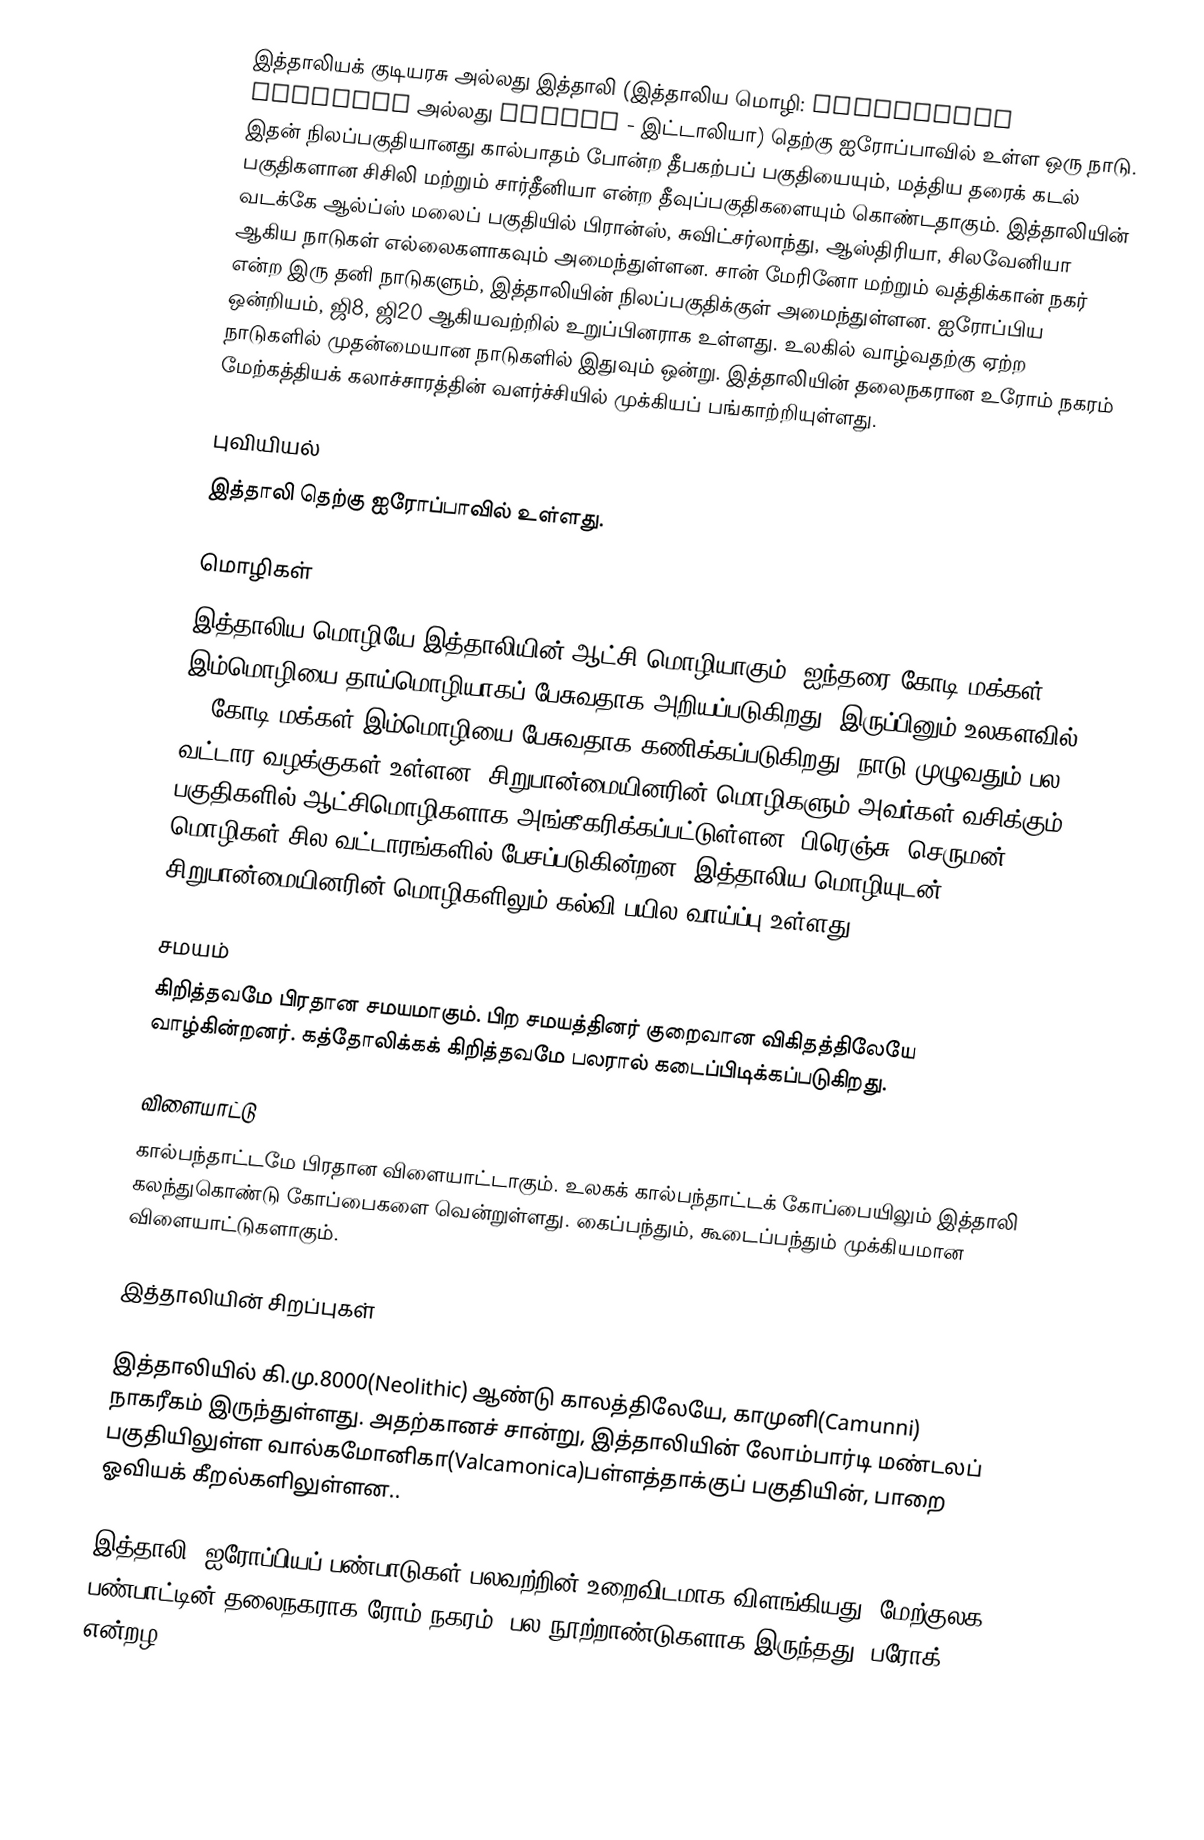
இத்தாலியக் குடியரசு அல்லது இத்தாலி (இத்தாலிய மொழி: Repubblica Italiana அல்லது Italia - இட்டாலியா) தெற்கு ஐரோப்பாவில் உள்ள ஒரு நாடு. இதன் நிலப்பகுதியானது கால்பாதம் போன்ற தீபகற்பப் பகுதியையும், மத்திய தரைக் கடல் பகுதிகளான சிசிலி மற்றும் சார்தீனியா என்ற தீவுப்பகுதிகளையும் கொண்டதாகும். இத்தாலியின் வடக்கே ஆல்ப்ஸ் மலைப் பகுதியில் பிரான்ஸ், சுவிட்சர்லாந்து, ஆஸ்திரியா, சிலவேனியா ஆகிய நாடுகள் எல்லைகளாகவும் அமைந்துள்ளன. சான் மேரினோ மற்றும் வத்திக்கான் நகர் என்ற இரு தனி நாடுகளும், இத்தாலியின் நிலப்பகுதிக்குள் அமைந்துள்ளன. ஐரோப்பிய ஒன்றியம், ஜி8, ஜி20 ஆகியவற்றில் உறுப்பினராக உள்ளது. உலகில் வாழ்வதற்கு ஏற்ற நாடுகளில் முதன்மையான நாடுகளில் இதுவும் ஒன்று. இத்தாலியின் தலைநகரான உரோம் நகரம் மேற்கத்தியக் கலாச்சாரத்தின் வளர்ச்சியில் முக்கியப் பங்காற்றியுள்ளது.

புவியியல்
இத்தாலி தெற்கு ஐரோப்பாவில் உள்ளது.

மொழிகள்
இத்தாலிய மொழியே இத்தாலியின் ஆட்சி மொழியாகும். ஐந்தரை கோடி மக்கள் இம்மொழியை தாய்மொழியாகப் பேசுவதாக அறியப்படுகிறது. இருப்பினும் உலகளவில் 15 கோடி மக்கள் இம்மொழியை பேசுவதாக கணிக்கப்படுகிறது. நாடு முழுவதும் பல வட்டார வழக்குகள் உள்ளன. சிறுபான்மையினரின் மொழிகளும் அவர்கள் வசிக்கும் பகுதிகளில் ஆட்சிமொழிகளாக அங்கீகரிக்கப்பட்டுள்ளன. பிரெஞ்சு, செருமன் மொழிகள் சில வட்டாரங்களில் பேசப்படுகின்றன. இத்தாலிய மொழியுடன் சிறுபான்மையினரின் மொழிகளிலும் கல்வி பயில வாய்ப்பு உள்ளது.

சமயம்
கிறித்தவமே பிரதான சமயமாகும். பிற சமயத்தினர் குறைவான விகிதத்திலேயே வாழ்கின்றனர். கத்தோலிக்கக் கிறித்தவமே பலரால் கடைப்பிடிக்கப்படுகிறது.

விளையாட்டு
கால்பந்தாட்டமே பிரதான விளையாட்டாகும். உலகக் கால்பந்தாட்டக் கோப்பையிலும் இத்தாலி கலந்துகொண்டு கோப்பைகளை வென்றுள்ளது. கைப்பந்தும், கூடைப்பந்தும் முக்கியமான விளையாட்டுகளாகும்.

இத்தாலியின் சிறப்புகள்

இத்தாலியில் கி.மு.8000(Neolithic) ஆண்டு காலத்திலேயே, காமுனி(Camunni) நாகரீகம் இருந்துள்ளது. அதற்கானச் சான்று, இத்தாலியின் லோம்பார்டி மண்டலப் பகுதியிலுள்ள வால்கமோனிகா(Valcamonica)பள்ளத்தாக்குப் பகுதியின், பாறை ஓவியக் கீறல்களிலுள்ளன..

இத்தாலி, ஐரோப்பியப் பண்பாடுகள் பலவற்றின் உறைவிடமாக விளங்கியது. மேற்குலக பண்பாட்டின் தலைநகராக ரோம் நகரம், பல நூற்றாண்டுகளாக இருந்தது. பரோக் என்றழ